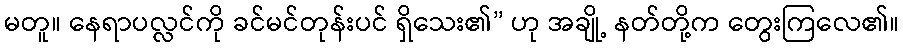
မတူ။ နေရာပလ္လင်ကို ခင်မင်တုန်းပင် ရှိသေး၏” ဟု အချို့ နတ်တို့က တွေးကြလေ၏။